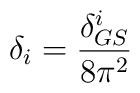
\delta_i=\frac{\delta^i_{GS}}{8\pi^2}